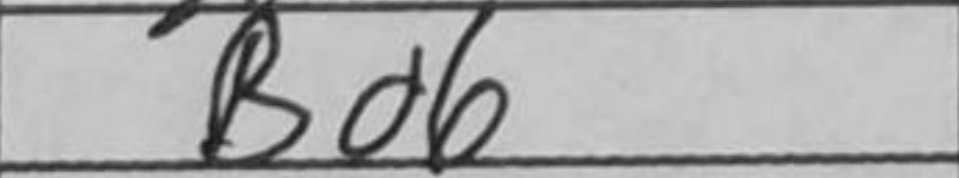
Transcription: Bd6